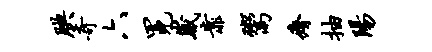
腆奇六冕崴靠鬻瘠抽阳